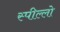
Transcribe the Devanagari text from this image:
स्पील्लो